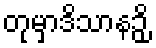
တုမှာဒိသာနဉှိ